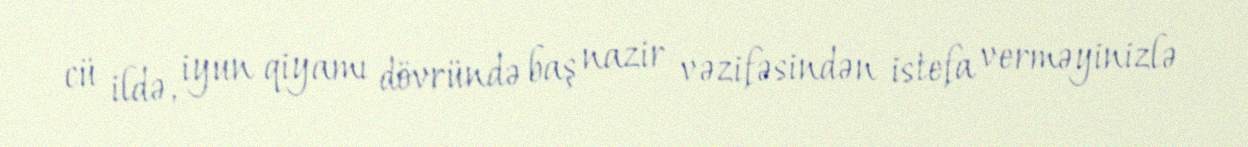
cü ildə, iyun qiyamı dövründə baş nazir vəzifəsindən istefa verməyinizlə